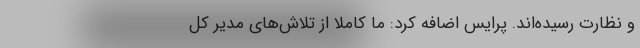
و نظارت رسیده‌اند. پرایس اضافه کرد: ما کاملاً از تلاش‌های مدیر کل